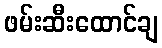
ဖမ်းဆီးထောင်ချ